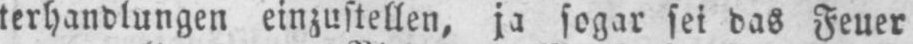
terhandlungen einzustellen, ja sogar sei das Feuer